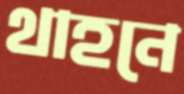
থাহনে